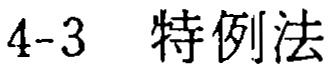
4-3 特例法